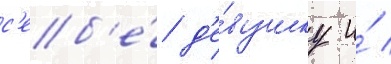
с'еб'е́ д'е́вушку и́ /